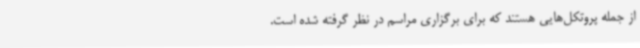
از جمله پروتکل‌هایی هستند که برای برگزاری مراسم در نظر گرفته شده است.